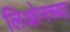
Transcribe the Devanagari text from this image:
लिओनच्या